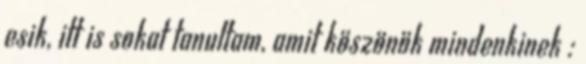
esik, itt is sokat tanultam, amit köszönök mindenkinek :